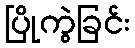
ပြိုကွဲခြင်း